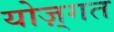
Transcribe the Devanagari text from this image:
योज़्गत